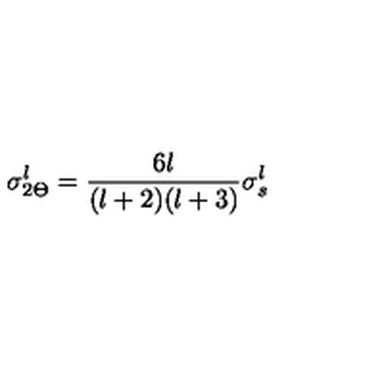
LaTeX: \sigma _ { 2 \Theta } ^ { l } = { \frac { 6 l } { ( l + 2 ) ( l + 3 ) } } \sigma _ { s } ^ { l }